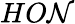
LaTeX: HO\mathcal{N}